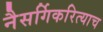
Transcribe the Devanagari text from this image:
नैसर्गिकरित्याच